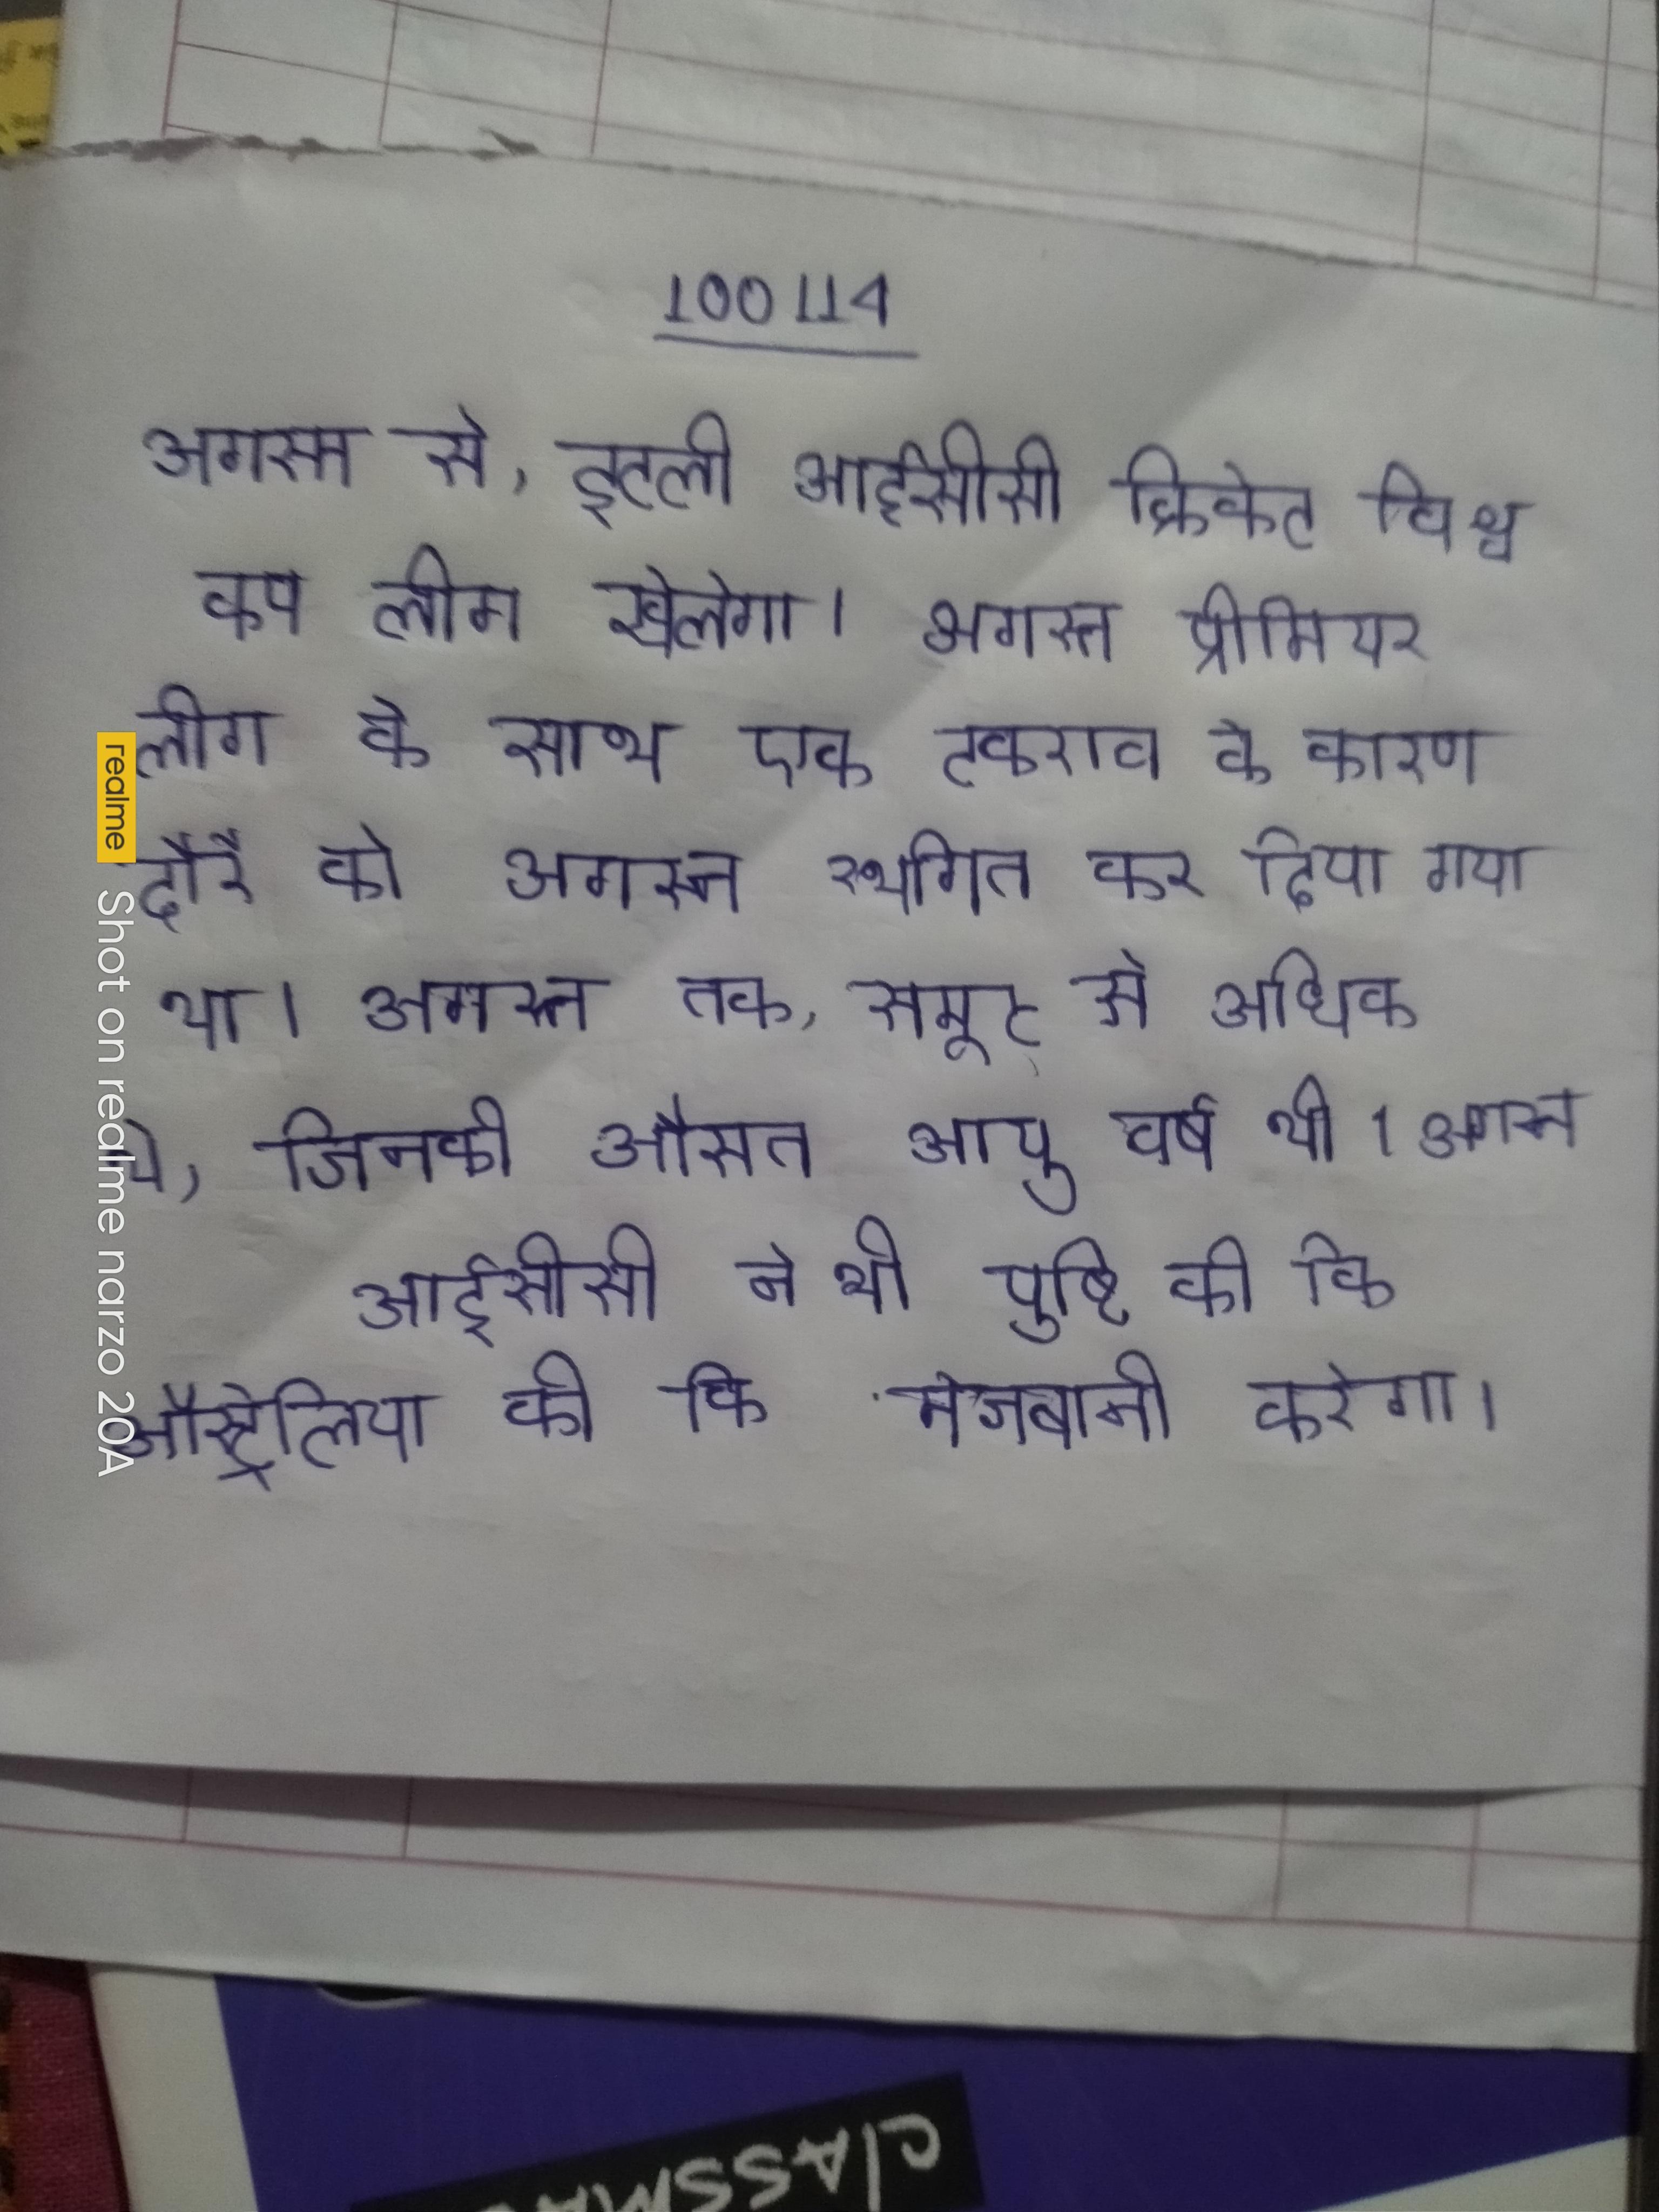
अगस्त से, इटली आईसीसी क्रिकेट विश्व कप लीग खेलेगा । अगस्त प्रीमियर लीग के साथ एक टकराव के कारण दौरे को अगस्त स्थगित कर दिया गया था । अगस्त तक, समूह से अधिक थे, जिनकी औसत आयु वर्ष थी । अगस्त आईसीसी ने भी पुष्टि की कि ऑस्ट्रेलिया की मेजबानी करेगा ।